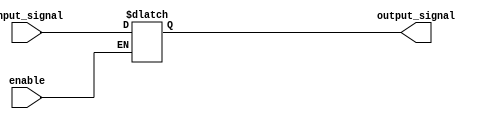
module buffer
(
    input wire input_signal,
    input wire enable,
    output reg output_signal
);

always @ (input_signal, enable)
begin
    if (enable)
        output_signal <= input_signal;
    else
        output_signal <= output_signal;
end

endmodule